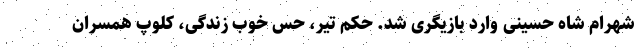
شهرام شاه حسینی وارد بازیگری شد. حکم تیر، حس خوب زندگی، کلوپ همسران